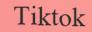
Tiktok